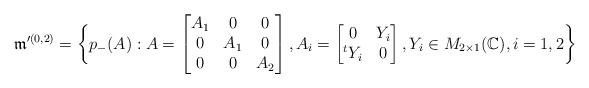
LaTeX: \begin{align*}\frak{m}'^{(0,2)}=\bigg\{p_-(A): A=\begin{bmatrix} A_1 & 0 & 0\\ 0 & A_1 & 0\\ 0 & 0 & A_2\end{bmatrix}, A_i=\begin{bmatrix} 0 & Y_i \\ ^tY_i & 0 \end{bmatrix}, Y_i\in M_{2\times 1}(\mathbb{C}), i=1,2\bigg\}\end{align*}